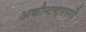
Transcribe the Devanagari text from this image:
अकौन्टन्ट्‌ससाठी